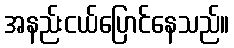
အနည်းငယ်ပြောင်နေသည်။